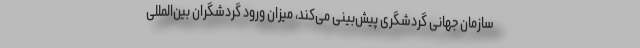
سازمان جهانی گردشگری پیش‌بینی می‌کند، میزان ورود گردشگران بین‌المللی